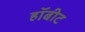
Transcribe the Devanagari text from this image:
हॉबीट